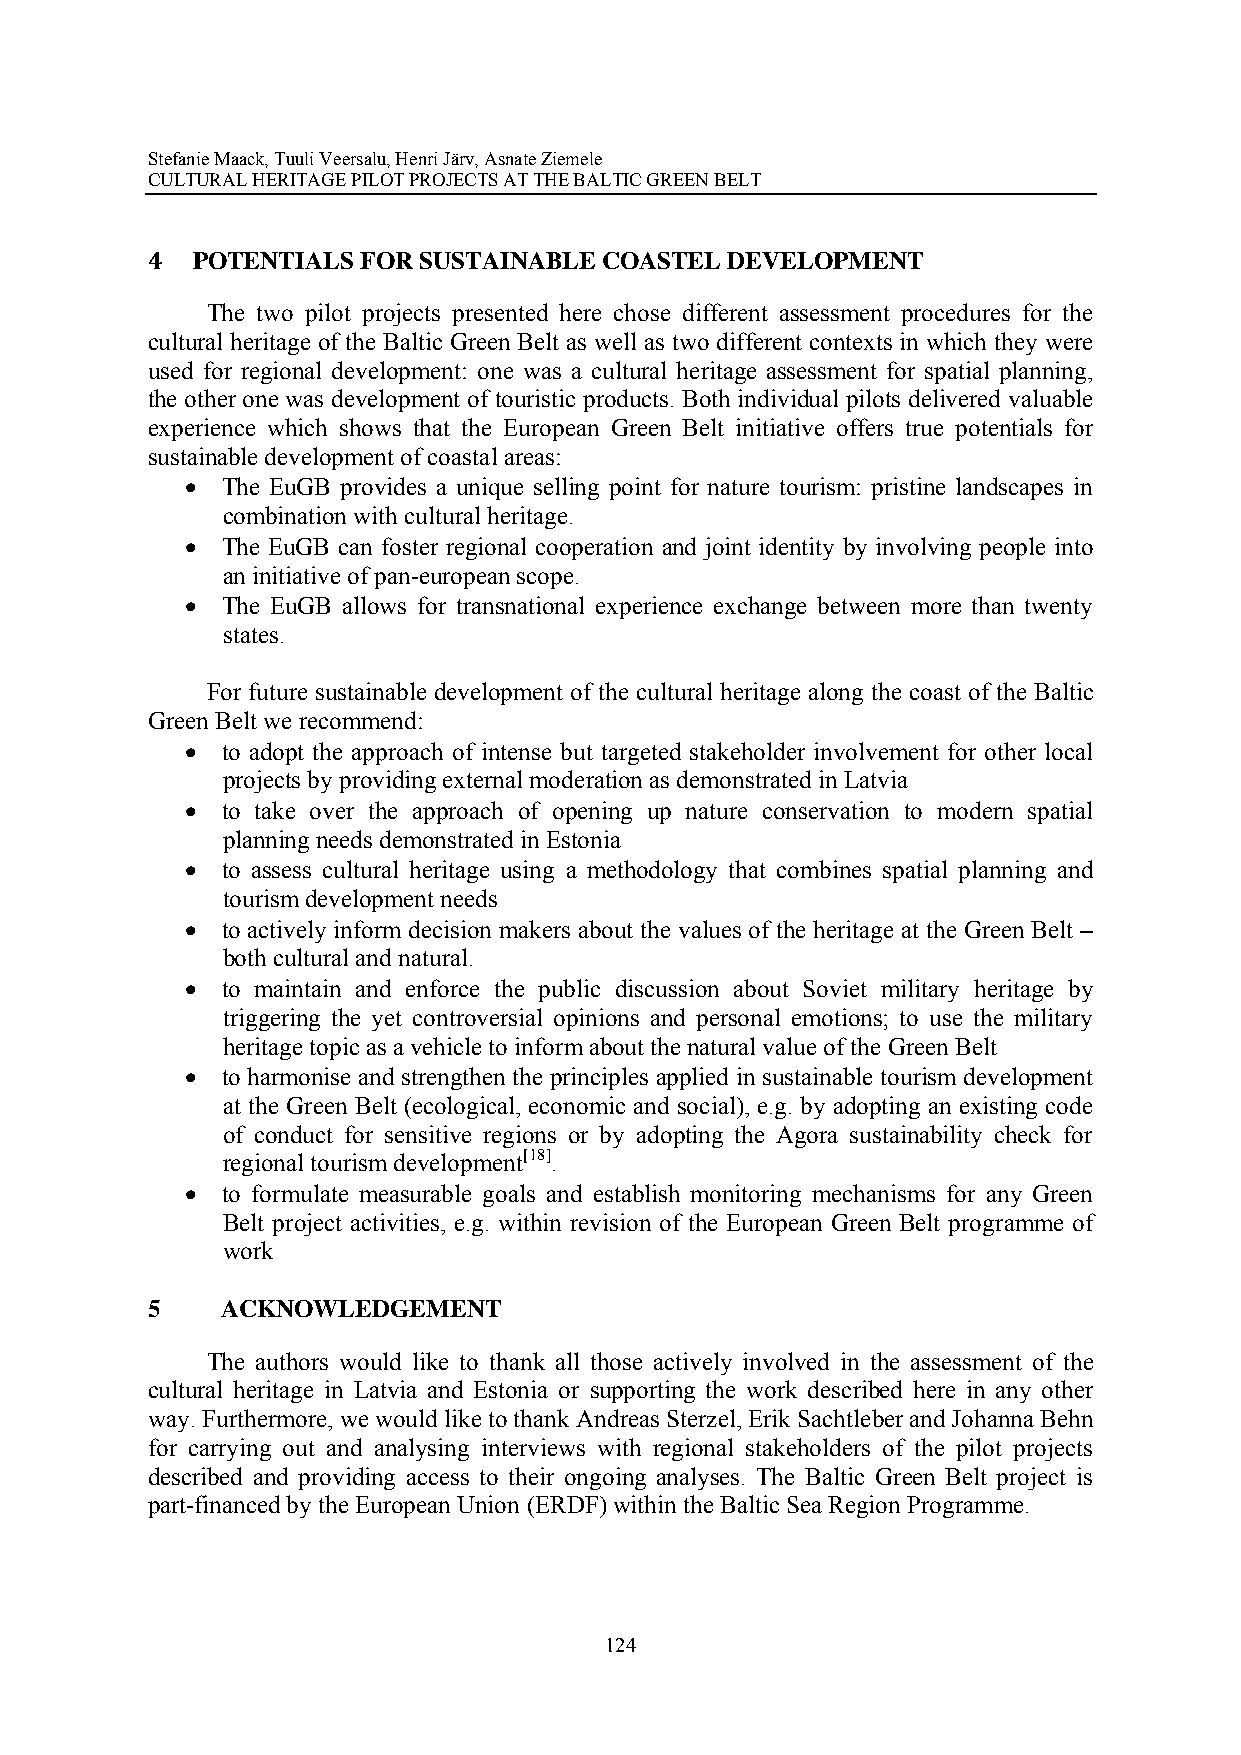
Stefanie Maack, Tuuli Veersalu, Henri Järv, Asnate Ziemele
 CULTURAL HERITAGE PILOT PROJECTS AT THE BALTIC GREEN BELT
 4  POTENTIALS FOR SUSTAINABLE COASTEL DEVELOPMENT
 The two pilot projects presented here chose different assessment procedures for the
 cultural heritage of the Baltic Green Belt as well as two different contexts in which they were
 used for regional development: one was a cultural heritage assessment for spatial planning,
 the other one was development of touristic products. Both individual pilots delivered valuable
 experience which shows that the European Green Belt initiative offers true potentials for
 sustainable development of coastal areas:
   The EuGB provides a unique selling point for nature tourism: pristine landscapes in
 combination with cultural heritage.
   The EuGB can foster regional cooperation and joint identity by involving people into
 an initiative of pan-european scope.
   The EuGB allows for transnational experience exchange between more than twenty
 states.
 For future sustainable development of the cultural heritage along the coast of the Baltic
 Green Belt we recommend:
   to adopt the approach of intense but targeted stakeholder involvement for other local
 projects by providing external moderation as demonstrated in Latvia
   to take over the approach of opening up nature conservation to modern spatial
 planning needs demonstrated in Estonia
   to assess cultural heritage using a methodology that combines spatial planning and
 tourism development needs
   to actively inform decision makers about the values of the heritage at the Green Belt –
 both cultural and natural.
   to maintain and enforce the public discussion about Soviet military heritage by
 triggering the yet controversial opinions and personal emotions; to use the military
 heritage topic as a vehicle to inform about the natural value of the Green Belt
   to harmonise and strengthen the principles applied in sustainable tourism development
 at the Green Belt (ecological, economic and social), e.g. by adopting an existing code
 of conduct for sensitive regions or by adopting the Agora sustainability check for
 regional tourism development[18].
   to formulate measurable goals and establish monitoring mechanisms for any Green
 Belt project activities, e.g. within revision of the European Green Belt programme of
 work
 5    ACKNOWLEDGEMENT
 The authors would like to thank all those actively involved in the assessment of the
 cultural heritage in Latvia and Estonia or supporting the work described here in any other
 way. Furthermore, we would like to thank Andreas Sterzel, Erik Sachtleber and Johanna Behn
 for carrying out and analysing interviews with regional stakeholders of the pilot projects
 described and providing access to their ongoing analyses. The Baltic Green Belt project is
 part-financed by the European Union (ERDF) within the Baltic Sea Region Programme.
 124